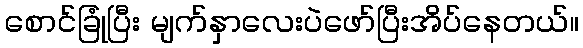
စောင်ခြုံပြီး မျက်နှာလေးပဲဖော်ပြီးအိပ်နေတယ်။